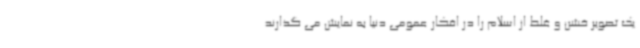
یک تصویر خشن و غلط از اسلام را در افکار عمومی دنیا به نمایش می گذارند